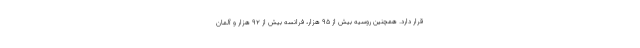
قرار دارد. همچنین روسیه بیش از ۹۵ هزار، فرانسه بیش از ۹۲ هزار و آلمان